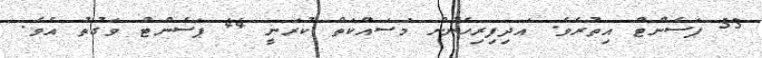
53 ޕަސެންޓް އިތުރެވެ. އަދިފިރިހެނުން މަސައްކަތް ކުރަނީ 44 ޕަސެންޓު ވަގުތު އެވެ.